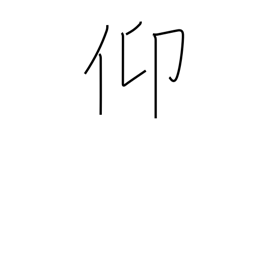
Meaning: seek